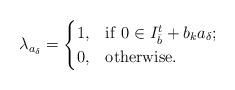
LaTeX: \begin{align*}\lambda_{a_\delta}=\begin{cases}1, & {\rm if}~{0}\in I_{\bar{b}}^t+b_k a_\delta;\\ 0, &\mbox{otherwise.}\end{cases}\end{align*}